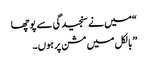
“میں نے سنجیدگی سے پوچھا
” بالکل میں مشن پر ہوں۔